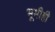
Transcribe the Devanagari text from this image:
भूमीही